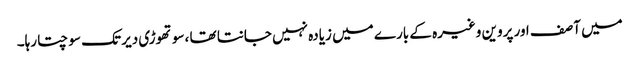
میں آصف اور پروین وغیرہ کے بارے میں زیادہ نہیں جانتا تھا ،سوتھوڑی دیر تک سوچتا رہا۔